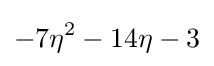
-7\eta ^{2}-14\eta -3